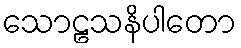
သောဠသနိပါတော